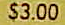
$3.00